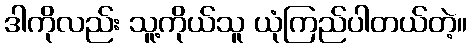
ဒါကိုလည်း သူ့ကိုယ်သူ ယုံကြည်ပါတယ်တဲ့။